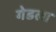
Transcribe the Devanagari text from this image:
गेडला